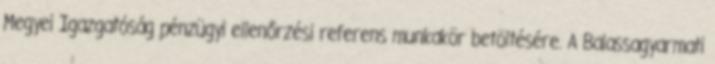
Megyei Igazgatóság pénzügyi ellenőrzési referens munkakör betöltésére. A Balassagyarmati